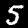
Digit: 5